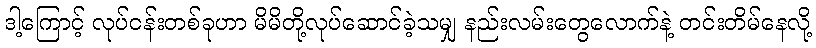
ဒါ့ကြောင့် လုပ်ငန်းတစ်ခုဟာ မိမိတို့လုပ်ဆောင်ခဲ့သမျှ နည်းလမ်းတွေလောက်နဲ့ တင်းတိမ်နေလို့